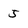
Character: 5